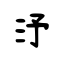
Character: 汿